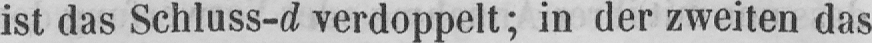
ist das Schluss-d verdoppelt; in der zweiten das